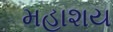
મહાશય